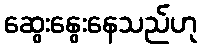
ဆွေးနွေးနေသည်ဟု